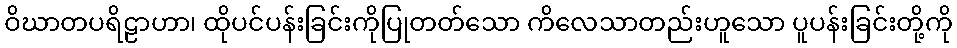
ဝိဃာတပရိဠာဟာ၊ ထိုပင်ပန်းခြင်းကိုပြုတတ်သော ကိလေသာတည်းဟူသော ပူပန်းခြင်းတို့ကို